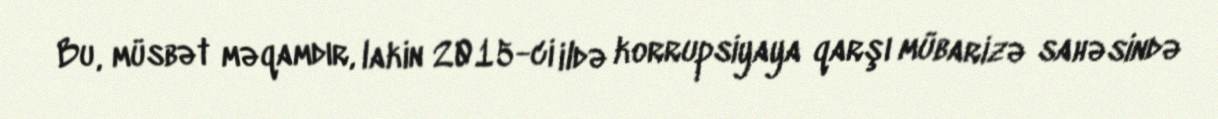
Bu, müsbət məqamdır, lakin 2015-ci ildə korrupsiyaya qarşı mübarizə sahəsində